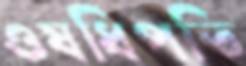
ওষধিপতি